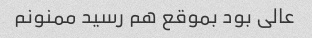
عالی بود بموقع هم رسید ممنونم